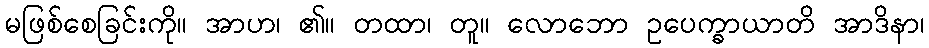
မဖြစ်စေခြင်းကို။ အာဟ၊ ၏။ တထာ၊ တူ။ လောဘော ဥပေက္ခာယာတိ အာဒိနာ၊